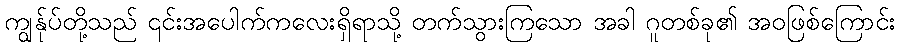
ကျွန်ုပ်တို့သည် ၎င်းအပေါက်ကလေးရှိရာသို့ တက်သွားကြသော အခါ ဂူတစ်ခု၏ အဝဖြစ်ကြောင်း